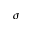
\sigma